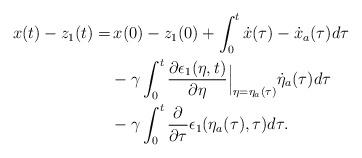
LaTeX: \begin{align*}\begin{aligned}x(t)-z_1(t) =& \,x(0)-z_1(0) + \int_0^t\dot{x}(\tau)-\dot{x}_a(\tau) d\tau\\&- \gamma \int_0^t \dfrac{\partial \epsilon_1(\eta,t)}{\partial \eta}\Big|_{\eta = \eta_a(\tau)}\dot{\eta}_a(\tau) d\tau\\&- \gamma \int_0^t \dfrac{\partial }{\partial \tau} \epsilon_1(\eta_a(\tau),\tau) d\tau.\end{aligned}\end{align*}